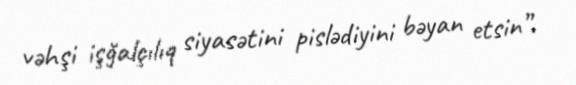
vəhşi işğalçılıq siyasətini pislədiyini bəyan etsin”.